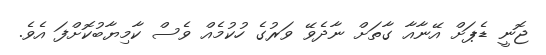
ޖޮނީ ޑެޕަށް އޭނާއާ ގާތަށް ނާދެވޭ ވަރުގެ ހުކުމެއް ވެސް ކާމިޔާބުކޮށްފަ އެވެ.